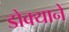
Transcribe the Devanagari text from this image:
डोक्याने